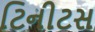
ટિનીટસ